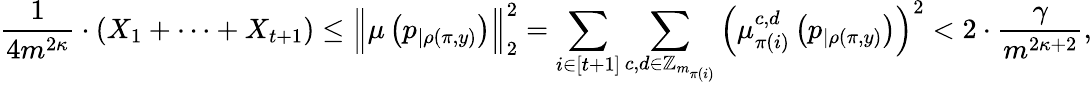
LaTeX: \frac{1}{4m^{2\kappa}}\cdot(X_{1}+\dots+X_{t+1})\leq\Big\| \mu\left(p_{|\rho(\pi,y)}\right)\Big\| _{2}^{2}=\sum_{i\in[t+1]}\sum_{c,d\in\mathbb{Z}_{m_{\pi(i)}}}\left(\mu_{\pi(i)}^{c,d}\left(p_{|\rho(\pi,y)}\right)\right)^{2}<2\cdot\frac{\gamma}{m^{2\kappa+2}},